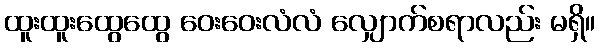
ထူးထူးထွေထွေ ဝေးဝေးလံလံ လျှောက်စရာလည်း မရှိ။